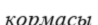
кормасы